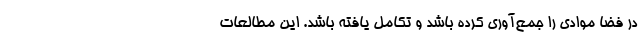
در فضا موادی را جمع‌آوری کرده باشد و تکامل یافته باشد. این مطالعات